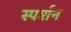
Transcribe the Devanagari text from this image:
स्पर्शन